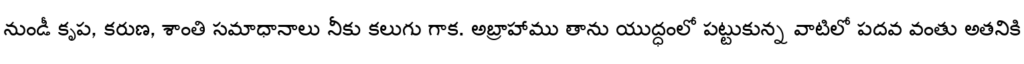
నుండీ కృప, కరుణ, శాంతి సమాధానాలు నీకు కలుగు గాక. అబ్రాహాము తాను యుద్ధంలో పట్టుకున్న వాటిలో పదవ వంతు అతనికి